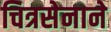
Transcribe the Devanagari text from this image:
चित्रसेनाने